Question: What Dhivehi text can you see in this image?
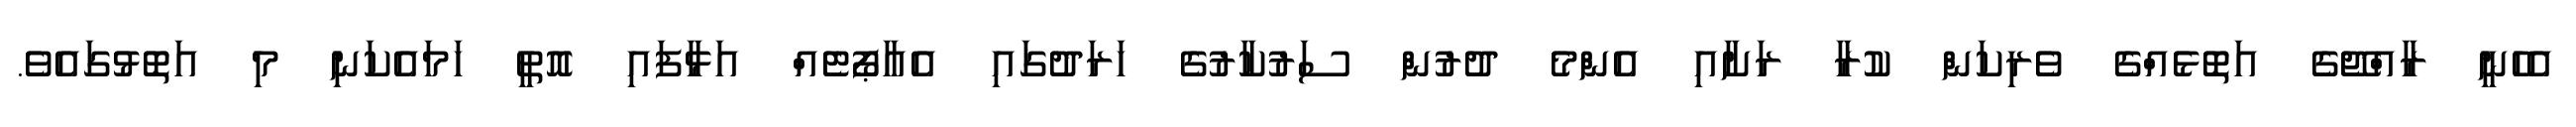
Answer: އެހެނީ ރާއްޖޭގެ އަތޮޅެއްގެ ވެރިކަން ކުރާ ރަށާއި އެންމެ ދުރުން ސަރުކާރުގެ ހަރަދުގައި އެއާޕޯޓެއް އަޅާފައި އޮތީ ހަމައެކަނި މި އަތޮޅުގައެވެ.